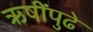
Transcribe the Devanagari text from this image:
ऋषींपुढे